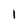
Character: 1